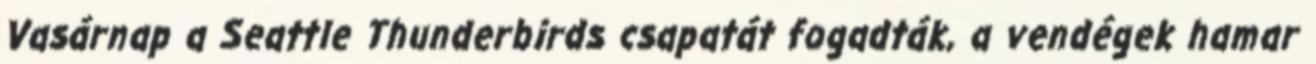
Vasárnap a Seattle Thunderbirds csapatát fogadták, a vendégek hamar